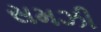
સમઝી